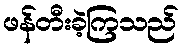
ဖန်တီးခဲ့ကြသည်